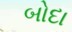
બોદા